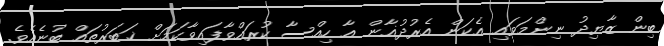
ބިން ޒާޔިދު ނިންމަވައި އެކަން އެރުދުޣާން އާ ހިއްސާ ކުރައްވާފައިވާކަމަށް ޚަބަރުތައް ބުނެއެވެ.